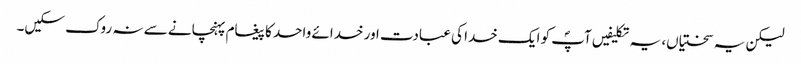
لیکن یہ سختیاں، یہ تکلیفیں آپؐ کو ایک خدا کی عبادت اور خدائے واحد کا پیغام پہنچانے سے نہ روک سکیں۔